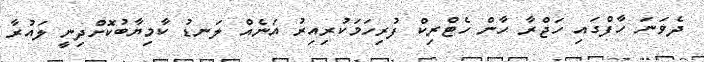
ދެވަނަ ހާފްގައި ހަޖްރާ ހާން ހެޓްރިކް ފުރިހަމަކުރިއިރު އަނެއް ލަނޑު ކާމިޔާބުކޮށްދިނީ ލައުރާ